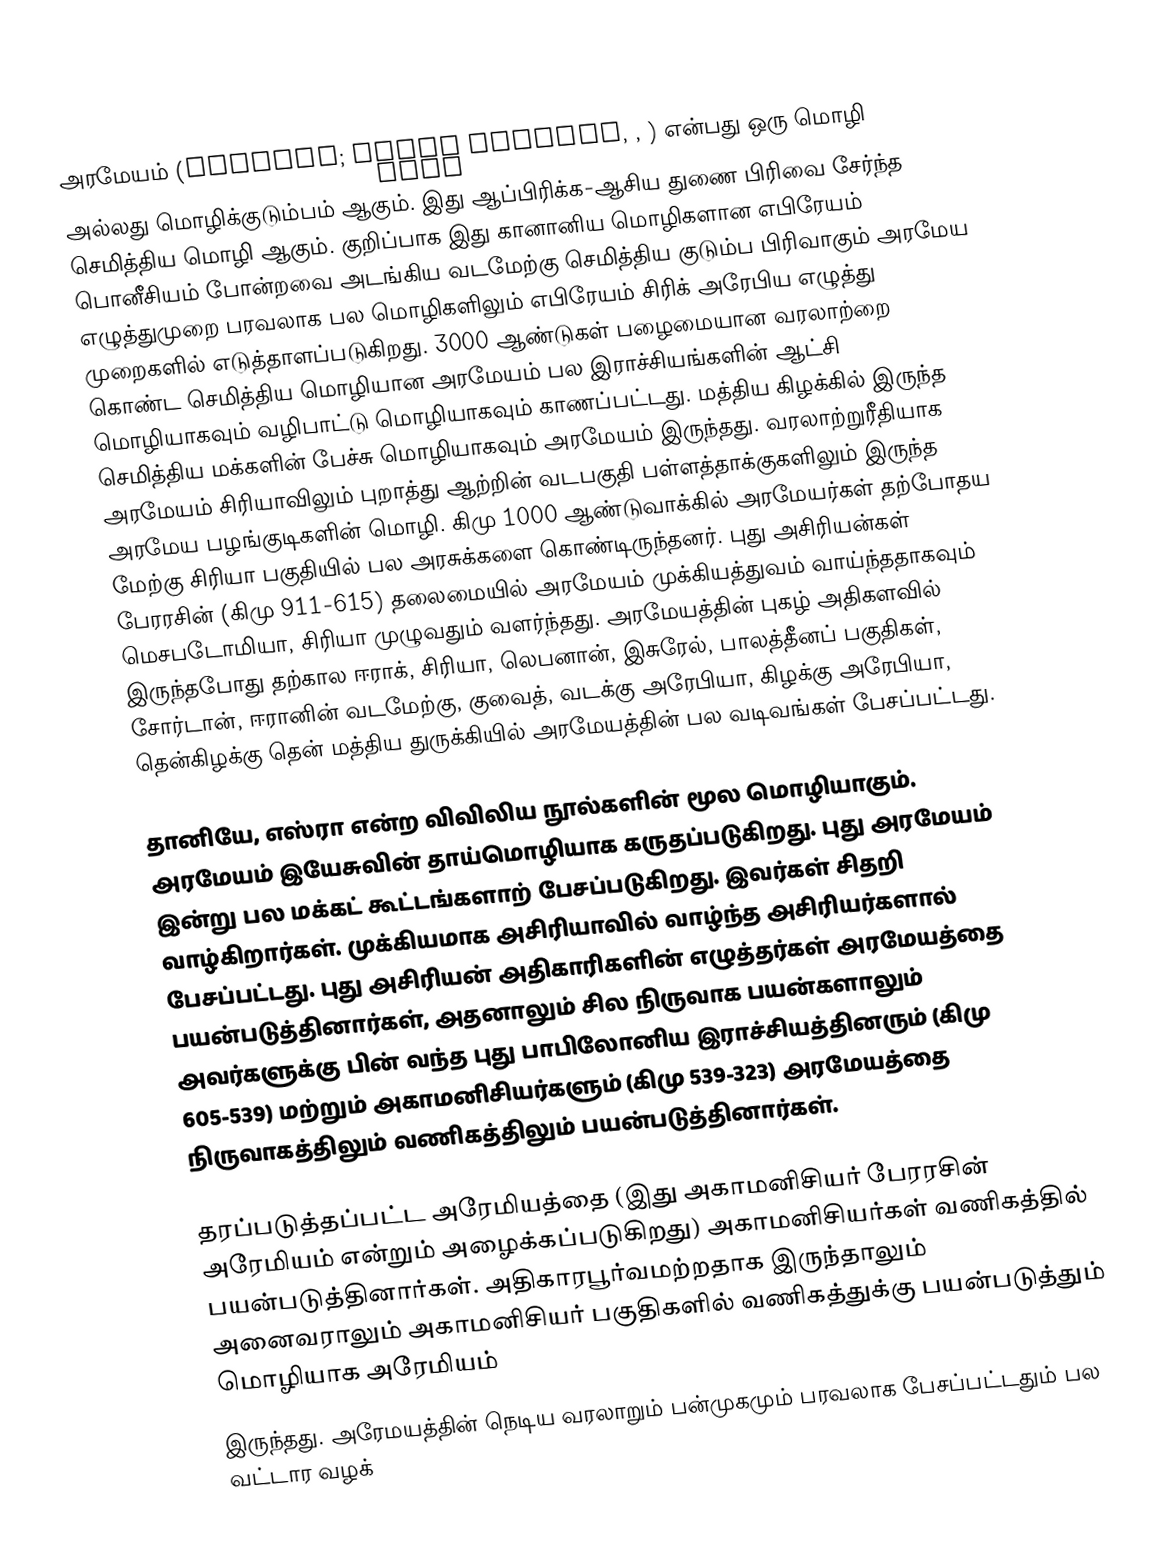
அரமேயம் (Aramaic; אַרָמָיָא Arāmāyā, , ) என்பது ஒரு மொழி அல்லது மொழிக்குடும்பம் ஆகும். இது ஆப்பிரிக்க-ஆசிய துணை பிரிவை சேர்ந்த செமித்திய மொழி ஆகும். குறிப்பாக இது கானானிய மொழிகளான எபிரேயம் பொனீசியம் போன்றவை அடங்கிய வடமேற்கு செமித்திய குடும்ப பிரிவாகும் அரமேய எழுத்துமுறை பரவலாக பல மொழிகளிலும் எபிரேயம் சிரிக் அரேபிய எழுத்து முறைகளில் எடுத்தாளப்படுகிறது. 3000 ஆண்டுகள் பழைமையான வரலாற்றை கொண்ட செமித்திய மொழியான அரமேயம்  பல இராச்சியங்களின் ஆட்சி மொழியாகவும் வழிபாட்டு மொழியாகவும் காணப்பட்டது. மத்திய கிழக்கில் இருந்த செமித்திய மக்களின் பேச்சு மொழியாகவும் அரமேயம் இருந்தது. வரலாற்றுரீதியாக அரமேயம் சிரியாவிலும் புறாத்து ஆற்றின் வடபகுதி பள்ளத்தாக்குகளிலும் இருந்த அரமேய பழங்குடிகளின் மொழி. கிமு 1000 ஆண்டுவாக்கில் அரமேயர்கள் தற்போதய மேற்கு சிரியா பகுதியில் பல அரசுக்களை கொண்டிருந்தனர். புது அசிரியன்கள் பேரரசின் (கிமு 911-615) தலைமையில் அரமேயம் முக்கியத்துவம் வாய்ந்ததாகவும் மெசபடோமியா, சிரியா முழுவதும் வளர்ந்தது. அரமேயத்தின் புகழ் அதிகளவில் இருந்தபோது  தற்கால ஈராக், சிரியா, லெபனான், இசுரேல், பாலத்தீனப் பகுதிகள், சோர்டான், ஈரானின் வடமேற்கு, குவைத், வடக்கு அரேபியா, கிழக்கு அரேபியா, தென்கிழக்கு தென் மத்திய துருக்கியில் அரமேயத்தின் பல வடிவங்கள் பேசப்பட்டது.

தானியே, எஸ்ரா என்ற விவிலிய நூல்களின் மூல மொழியாகும். அரமேயம் இயேசுவின் தாய்மொழியாக கருதப்படுகிறது. புது அரமேயம் இன்று பல மக்கட் கூட்டங்களாற் பேசப்படுகிறது. இவர்கள் சிதறி வாழ்கிறார்கள். முக்கியமாக அசிரியாவில் வாழ்ந்த அசிரியர்களால் பேசப்பட்டது. புது அசிரியன் அதிகாரிகளின் எழுத்தர்கள் அரமேயத்தை பயன்படுத்தினார்கள், அதனாலும் சில நிருவாக பயன்களாலும் அவர்களுக்கு பின் வந்த புது பாபிலோனிய இராச்சியத்தினரும் (கிமு 605-539) மற்றும் அகாமனிசியர்களும் (கிமு 539-323) அரமேயத்தை நிருவாகத்திலும் வணிகத்திலும் பயன்படுத்தினார்கள்.

தரப்படுத்தப்பட்ட அரேமியத்தை (இது அகாமனிசியர் பேரரசின் அரேமியம் என்றும் அழைக்கப்படுகிறது) அகாமனிசியர்கள் வணிகத்தில்  பயன்படுத்தினார்கள். அதிகாரபூர்வமற்றதாக இருந்தாலும் அனைவராலும் அகாமனிசியர் பகுதிகளில் வணிகத்துக்கு பயன்படுத்தும் மொழியாக அரேமியம்
இருந்தது. அரேமயத்தின் நெடிய வரலாறும் பன்முகமும் பரவலாக பேசப்பட்டதும் பல வட்டார வழக்